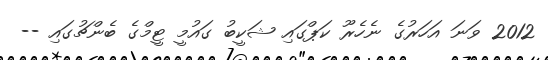
2012 ވަނަ އަހަރުގެ ނެހެރޫ ކަޕްގައި ޝަކީބު ގައުމީ ޓީމްގެ ބެންޗުގައި --